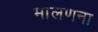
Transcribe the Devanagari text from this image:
मालणना